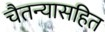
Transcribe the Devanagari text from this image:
चैतन्यासहित